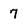
Character: 7